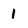
Character: 1